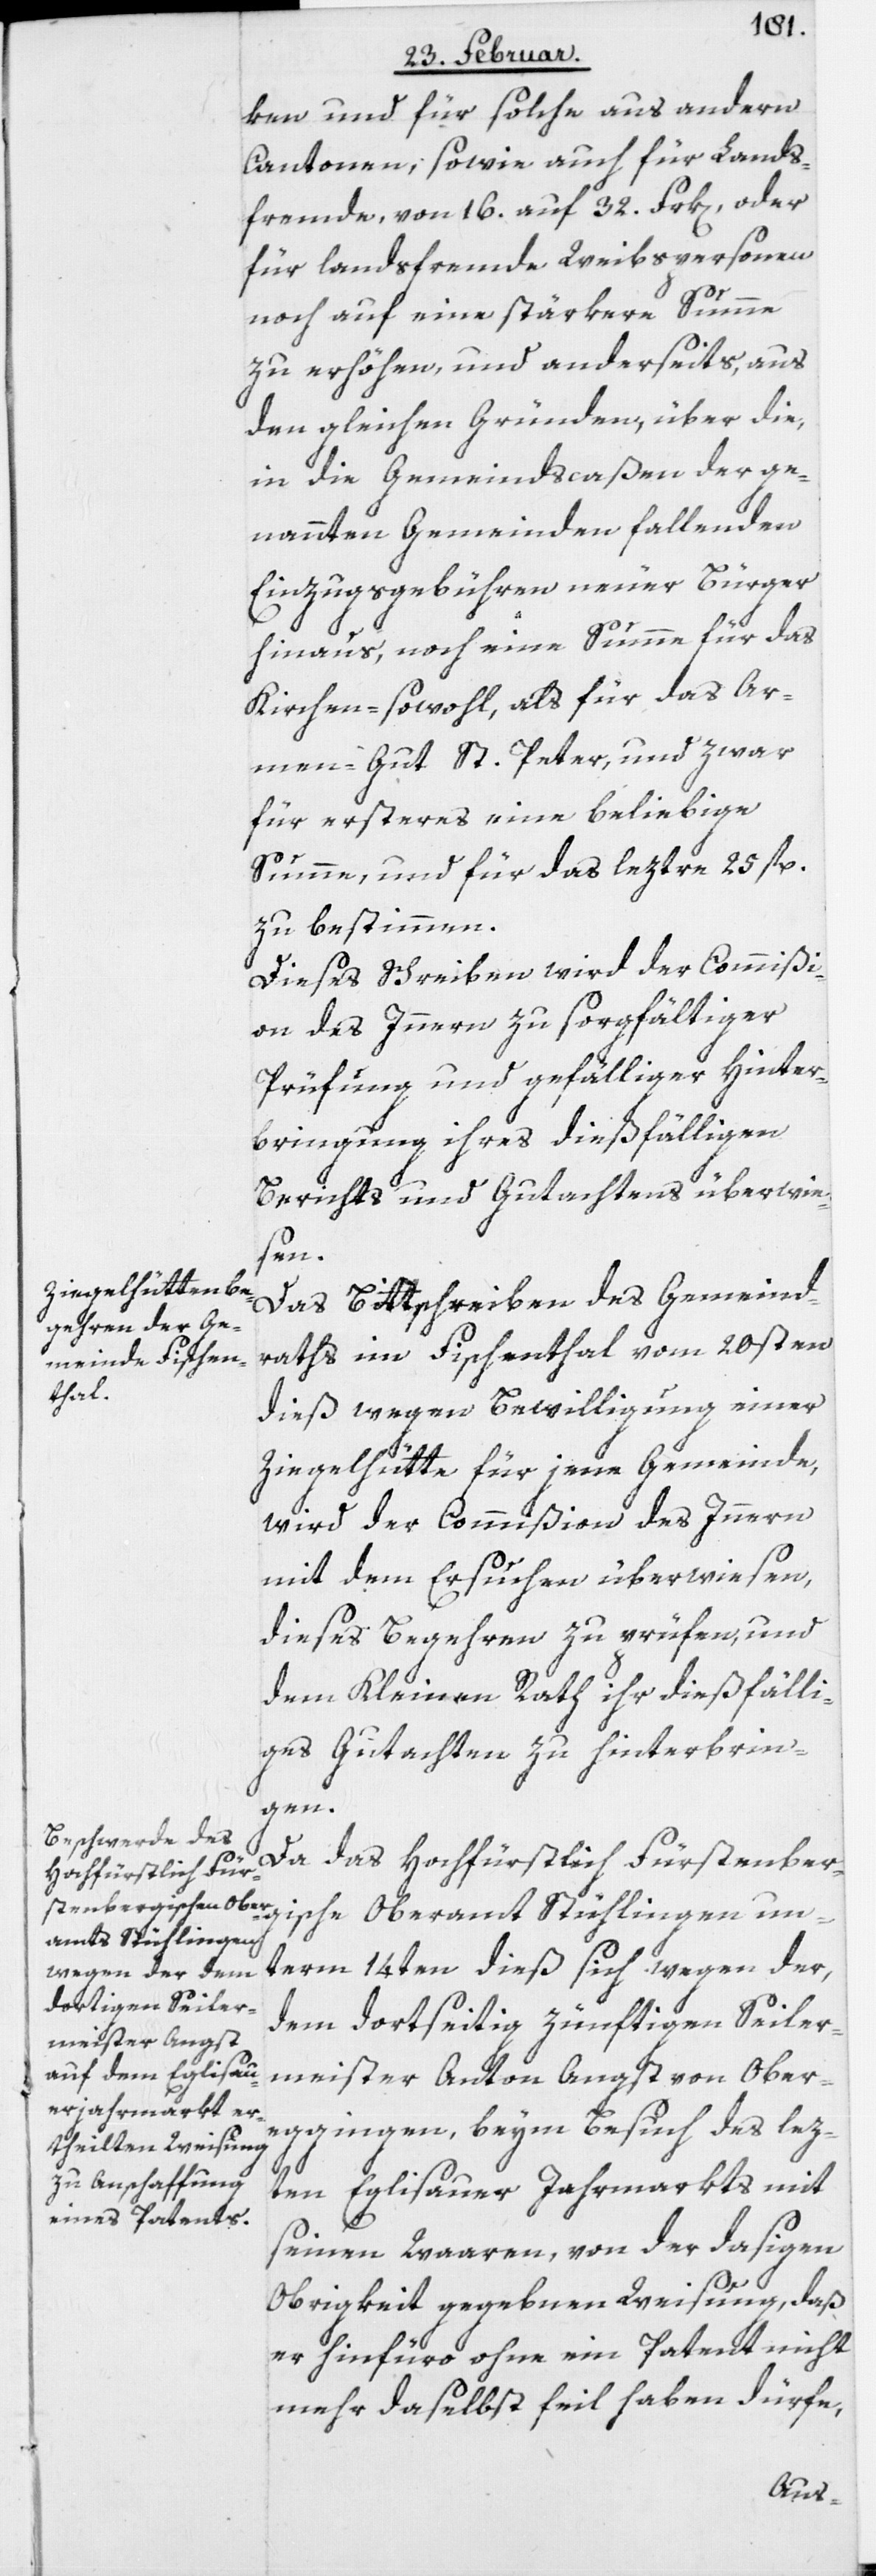
ken und für solche aus andern
Cantonen, sowie auch für Lands¬
fremde, von 16. auf 32. Frk[en], oder
für landsfremde Weibspersonen
noch auf eine stärkere Summe
zu erhöhen, und anderseits, aus
den gleichen Gründen, über die,
in die Gemeindscaßen der ge¬
nannten Gemeinden fallenden
Einzugsgebühren neuer Bürger
hinaus, noch eine Summe für das
Kirchen- sowohl, als für das Ar¬
men-Gut St. Peter, und zwar
für ersteres eine beliebige
Summe, und für das leztre 25 fl.
zu bestimmen.
Dieses Schreiben wird der Commißi¬
on des Innern zu sorgfältiger
Prüfung und gefälliger Hinter¬
bringung ihres dießfälligen
Berichts und Gutachtens überwie¬
sen.
Das Bittschreiben des Gemeind¬
raths im Fischenthal vom 20sten
dieß wegen Bewilligung einer
Ziegelhütte für jene Gemeinde,
wird der Commißion des Innern
mit dem Ersuchen überwiesen,
dieses Begehren zu prüfen, und
dem Kleinen Rath ihr dießfälli¬
ges Gutachten zu hinterbrin¬
gen.
Da das Hochfürstlich Fürstenber¬
amt Stühlingen
unterm 14ten dieß sich wegen der,
dem dortseitig zünftigen Seiler¬
meister Anton Angst von Ober¬
eggingen, beym Besuch des lez¬
ten Eglisauer Jahrmarkts mit
seinen Waaren, von der dasigen
Obrigkeit gegebenen Weisung, daß
er hinfüro ohne ein Patent nicht
mehr daselbst feil haben dürfe,
Ober¬